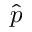
\hat { p }